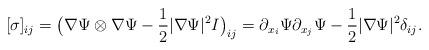
LaTeX: \begin{align*} [\sigma]_{ij}=\big(\nabla\Psi\otimes\nabla\Psi-\frac{1}{2}|\nabla\Psi|^{2}I\big)_{ij} =\partial_{x_{i}}\Psi\partial_{x_{j}}\Psi-\frac{1}{2}|\nabla\Psi|^{2}\delta_{ij}.\end{align*}